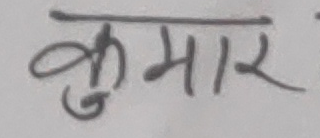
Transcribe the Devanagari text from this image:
कुमार